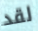
لقد